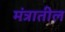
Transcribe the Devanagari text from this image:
मंत्रातील